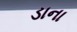
ડાના